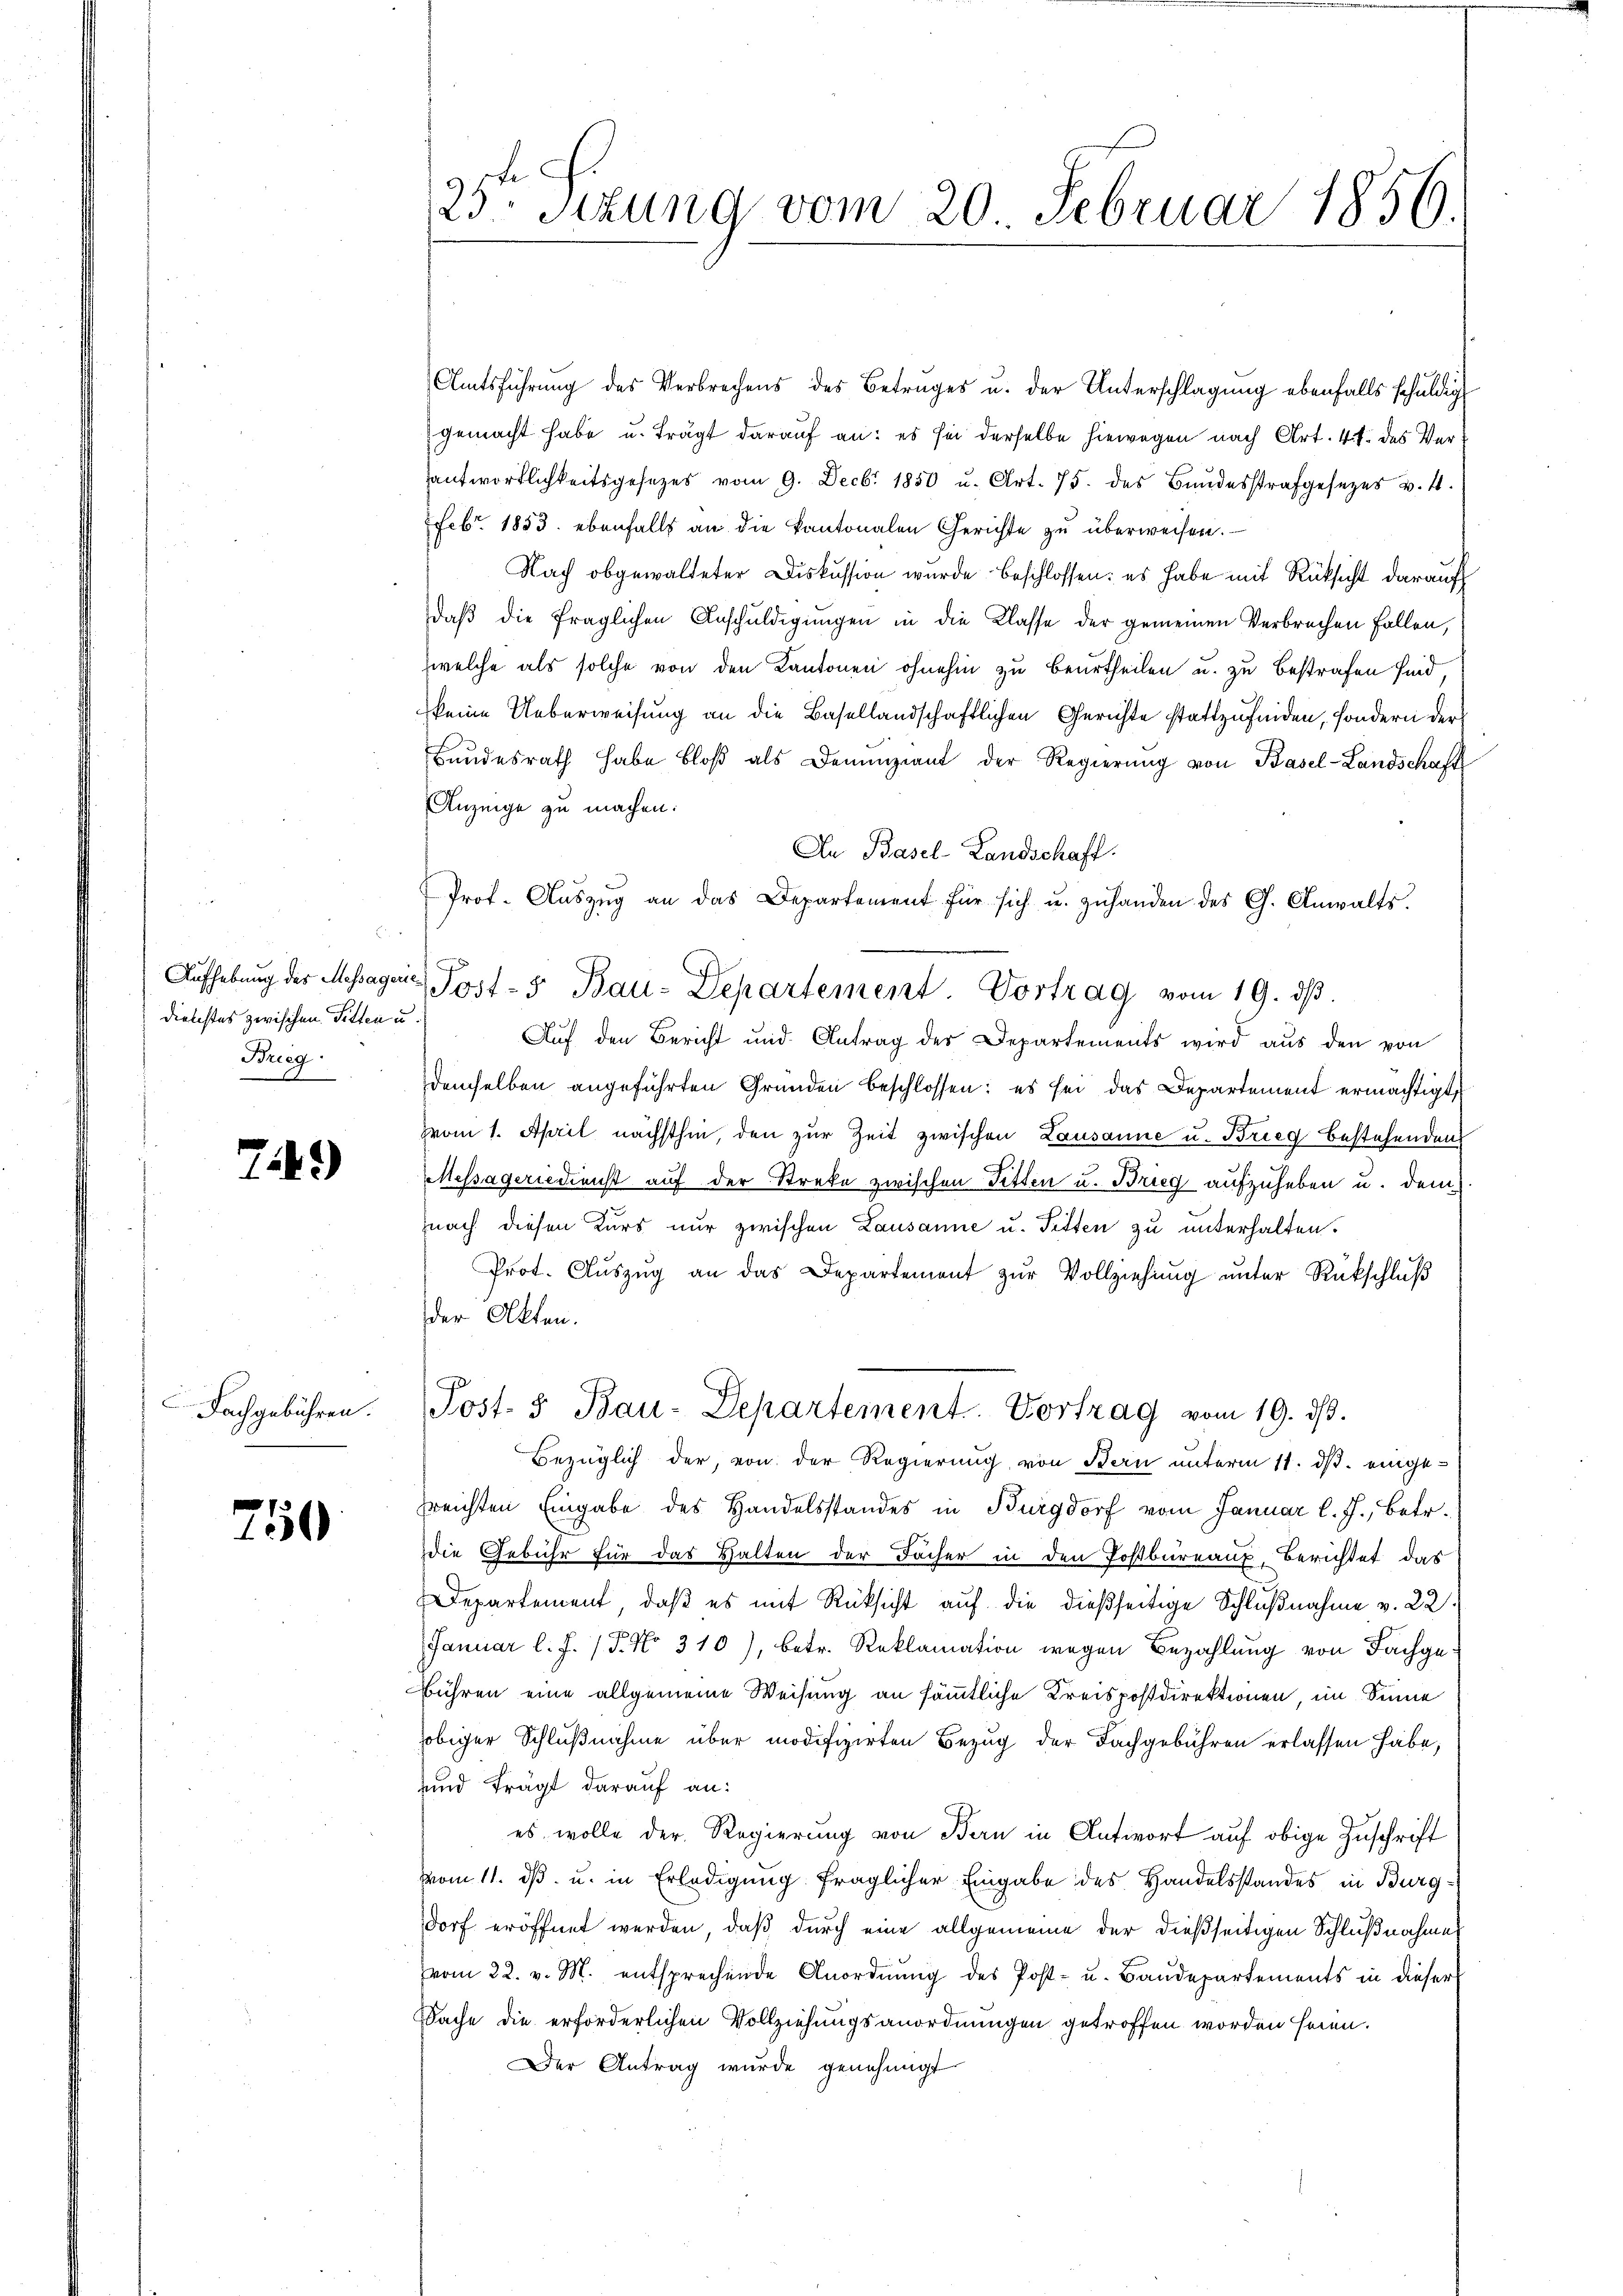
Aufhebung des Massagen
Diebstes zwischen Pitten u.
Breeg.

749)

Fachgebühren.

750

2

23. Sizung vom 20. Februar 1856.

Amtsführung des Verbrechens des Betrages u. der Unterschlagung ebenfalls schuldig
gemacht habe u. Trägt darauf an: es sei derselbe hiewegen nach Art. 4 f. des Verantwortlichkeitsgesetzes vom 9. Decbr 1850 u. Art. 75. des Bundesstrafgesezes v. 4.
Febr. 1853. ebenfalls an die kantonalen Gerichte zu überweisen.
Nach obgewalteter Diskussion wurde beschlossen: es habe mit Rücksicht darauf
daβ die fraglichen Anschuldigungen in die Klasse der gemeinen Verbrechen Fallen,
welche als solche von den Kantonen ohnehin zu beurtheilen u. zu bestrafen sind,
keine Ueberweisung an die Basellandschaftlichen Gerichte stattzufinden, sondern der
Bundesrath habe bloβ als Denunziant der Regierŭng von Basel-Landschafts
Anzeige zu machen.
An Basel-Landschaft.
Aŭf den Bericht und Antrag des Departements wird aŭs den von
demselben angeführten Gründen beschlossen: es sei das Departement ermächtigt,
zvom 1. April nächsthin, den zur Zeit zwischen Lausanne u. Brieg bestehenden
Messägeriedienst auf der Streke zwischen Fitten u. Brieg aufzuheben u. dem
nach diesen Kurs nur zwischen Lausanne u. Titten zu unterhalten.
Prot. Aŭszŭg an das Departement zŭr Vollziehŭng ŭnter Rückschluß
der Akten.
Post- & Bau-Departement. Vortrag vom 19. dβ.
Bezüglich der, von der Regierung, von Bern unterm 11. ds. eingefreichten Eingabe des Handelsstandes in Burgdorf vom Januar l. J., betr.
die Gebühr für das Halten der Facher in den Postbureaux, Berichtet das
Departement, daß es mit Rücksicht auf die dießseitige Schlŭβnahme v. 22.
Januar l. J. (T. No 310), betr. Reklamation wegen Bezahlung von Fachge¬
Bühren eine allgemeine Weisung an sämmtliche Kreispostdirektionen, im Sinne
obiger Schlußnahme über modifizirten Bezug der Fachgebühren erlassen habe,
und frägt darauf an:
es wolle der Regierung von Bern in Antwort auf obige Zuschrift
vom 11. ds. u. in Erledigung fraglicher Eingabe des Handelsstandes in Burgdorf eröffnet werden, daß durch eine allgemeine der dießseitigen Schlußnahme
vom 22. v. M. entsprechende Anordnung des Post- u. Baudepartements in dieser
Sache die erforderlichen Vollziehungsanordnungen getroffen worden seien.
Der Antrag wurde genehmigt

r

Prof. Aŭszŭg an das Departement für sich u. zŭ handen des G. Anwalts.
Jost-5 Bau-Departement. Vortrag vom 19. dβ.